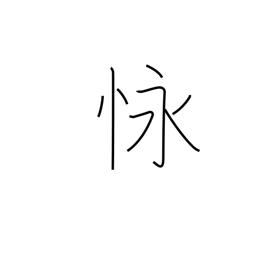
Meaning: endure